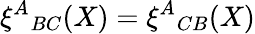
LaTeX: \xi^{A}{}_{BC}(X)=\xi^{A}{}_{CB}(X)